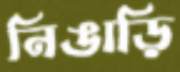
নিঙাড়ি